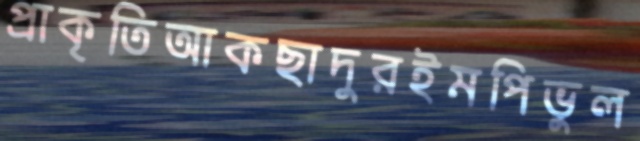
প্রাকৃতিআকছাদুরইমপিভুল